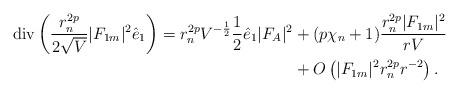
LaTeX: \begin{align*}\mathrm{div} \left(\frac{r_n^{2p}}{2\sqrt{V}}|F_{1m}|^2\hat{e}_1\right) = r_n^{2p}V^{-\frac{1}{2}} \frac{1}{2}\hat e_1|F_A|^2&+ (p\chi_n+1)\frac{r_n^{2p }|F_{1m}|^2}{rV}\\ &+ O\left(|F_{1m}|^2 r_n^{2p }r^{-2}\right).\end{align*}